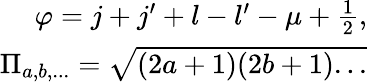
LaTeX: \begin{array}{r}{\varphi={j+j^{\prime}+l-l^{\prime}-\mu+\frac 12},}\\ {\Pi_{a,b,...}=\sqrt{(2a+1)(2b+1)...}}\end{array}